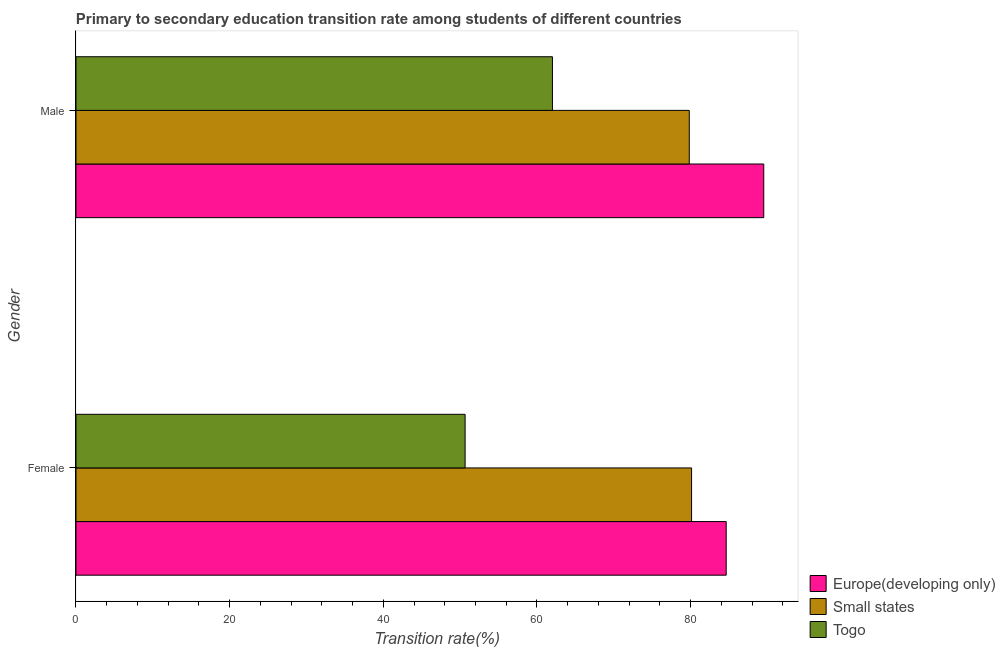
| Gender | Europe(developing only) | Small states | Togo |
 | --- | --- | --- | --- |
 | Female | 84.6 | 80.1 | 50.7 |
 | Male | 89.5 | 79.8 | 62 |